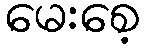
မေးစေ့